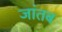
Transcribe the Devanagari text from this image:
जांतब